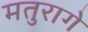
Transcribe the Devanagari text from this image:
मतुरागे